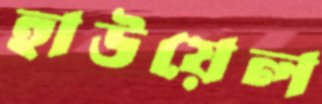
হাউয়েল